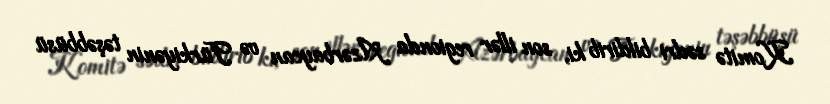
Komitə sədri bildirib ki, son illər regionda Azərbaycan və Türkiyənin təşəbbüsü